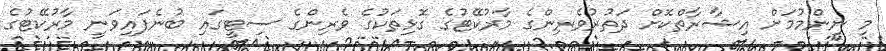
މި ނިންމުމަށް އިޝާރާތްކޮށް ދަތުރުވެރިންގެ މާރުކޭޓުގެ ގޮޅިތަކުގެ ވެރިންގެ ސިޓީގައި ބުނެފައިވަނީ މާރުކޭޓުގެ